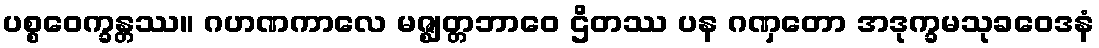
ပစ္စဝေက္ခန္တဿ။ ဂဟဏကာလေ မဇ္ဈတ္တဘာဝေ ဌိတဿ ပန ဂဏှတော အဒုက္ခမသုခဝေဒနံ